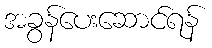
အခွန်ပေးဆောင်ရန်